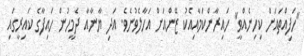
"ހަފިއްތައަށް ކިހިނެއްވީ" ހައިރާންކަމާއިއެކު ޒޭންއަށް އަހާލެވުނެވެ. އަދި ޔާނާއާ ދެމީހުން ހައިފާގެ ކައިރީގައި